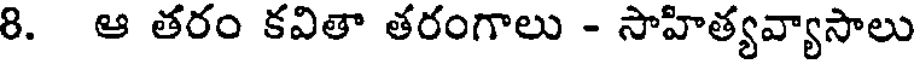
8. ఆ తరం కవితా తరంగాలు - సాహిత్యవ్యాసాలు